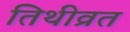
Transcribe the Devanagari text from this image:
तिथीव्रत